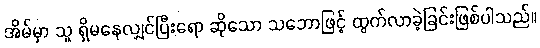
အိမ်မှာ သူ ရှိမနေလျှင်ပြီးရော ဆိုသော သဘောဖြင့် ထွက်လာခဲ့ခြင်းဖြစ်ပါသည်။